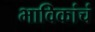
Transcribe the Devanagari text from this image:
भाविकांचं